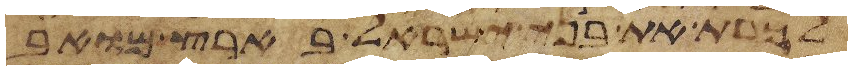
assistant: לכרת את בני ישראל בארץ מואב